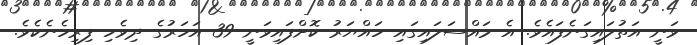
ވަނީ އަތުލައިގަނެފައެވެ. އެ މައްސަލައިގައި ހައްޔަރު ކޮށްފައިވަނީ 39 އަހަރުގެ ދިވެހި ފިރިހެނެކެވެ.